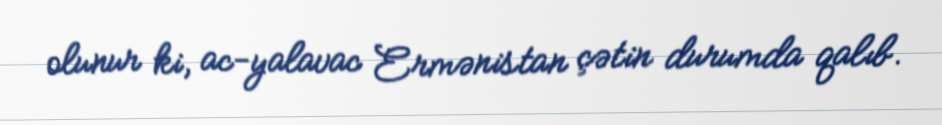
olunur ki, ac-yalavac Ermənistan çətin durumda qalıb.